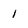
Character: 1